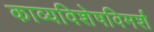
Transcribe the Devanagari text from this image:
काव्यविशेषविमर्श